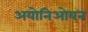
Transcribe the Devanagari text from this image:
अयोनिओयन